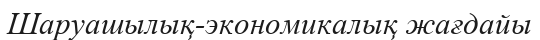
Шаруашылық-экономикалық жағдайы